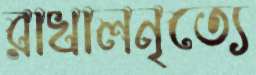
রাখালনৃত্যে